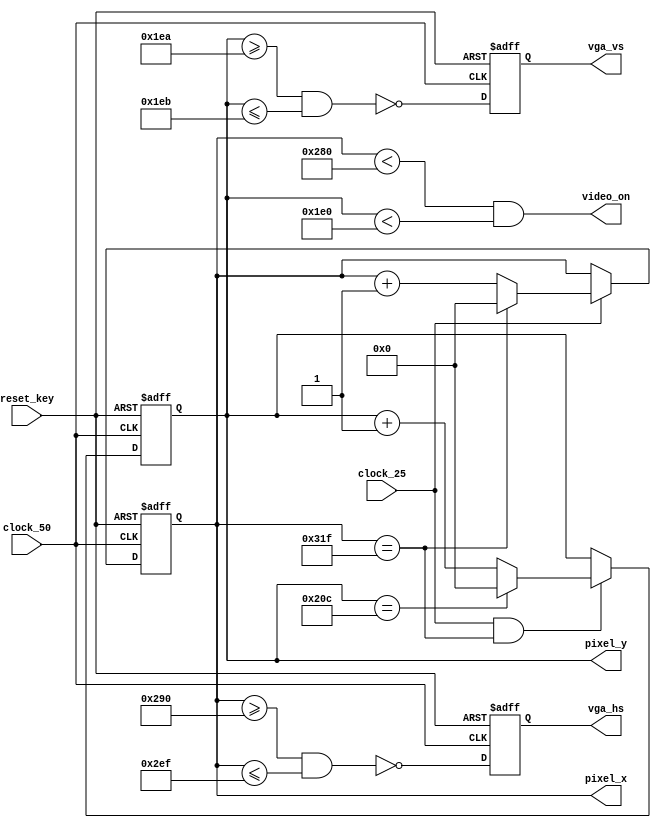
module vga_sync (clock_50, clock_25, reset_key, vga_hs, vga_vs, video_on, pixel_x, pixel_y);

input wire clock_50, clock_25, reset_key;
output wire vga_hs, vga_vs, video_on; // Hsync, vsync so para sincronizar; video_on  flag do vdeo, 
output wire [9:0] pixel_x, pixel_y; // 

/* declaraes das constantes da vga. Isto , o tamanho da barra preta, o tamanho horizontal, vertical, demora da volta do emissor de eltrons, etc;
TODO: VERIFICAR SE ESSSAS CONSTANTES VALEM PRO NOSSO VGA!!! */
//
parameter HD = 640; // Tamanho do display horizontal //// Nota: Todos so EM PIXELS!!
parameter HF = 48; // Tamanho da borda esquerda, (H)orizontal((F)ront)
parameter HB = 16; // Tamanho da borda direita, (H)orizontal ((B)ack)
parameter HR = 96 ; // Tamanho, em pixels, do retrace. Isto , o tempo, em pixels, do retorno do feixe de eltrons da direita pro incio;
parameter VD = 480; // Tamanho do display vertical;
parameter VF = 33; // Tamanho da borda vertical frontal, (topo)
parameter VB = 10; // Tamanho da borda vertical back, (de baixo)
parameter VR = 2; // Tamanho do deslocamento vertical 
//
///reg mod2_reg; // Utilizaremos um MOD-2 para sincronizar o clock do VGA com o clock do FPGA. O FPGA:50MHz oscillator for clock sources (pgina 8), enquanto
///wire mod2_next; // o VGA, com 640x480 tem pixel clock de 25MHZ 
reg [9:0] h_count_reg, h_count_next;// contadores de sincronizao. ELE  IMPORTANTE E SERVE PARA SABERMOS 
reg [9:0] v_count_reg, v_count_next;// EXATAMENTE ONDE O FEIXE DE ELTRONS EST, PARA CONSEGUIR EXIBIR CORRETAMENTE OS GRFICOS!!!
//
reg v_sync_reg, h_sync_reg;
wire v_sync_next, h_sync_next;
//
wire h_end , v_end , pixel_tick; // Sinais de estado. end so os finais da zona de display, pixel_tick ser o clock dos pixels.

always @(posedge clock_50 or negedge reset_key) begin
	if (~reset_key) begin // se reset estiver ativo, ento os registradores resetaro, isto , tero seus valores iguais a zero.
		///mod2_reg <= 0;
		v_count_reg <= 0;
		h_count_reg <= 0;
		v_sync_reg <= 0;
		h_sync_reg <= 0;
	end
	else begin // caso contrrio, ou seja, teve clock mas no teve reset, ento os registradores assumiro seus novos valores, a fim de sincronizao. 
		///mod2_reg <= mod2_next;
		v_count_reg <= v_count_next;
		h_count_reg <= h_count_next;
		v_sync_reg <= v_sync_next;
		h_sync_reg <= h_sync_next;
	end
end

///assign mod2_next = ~mod2_reg;
///assign pixel_tick = mod2_reg; // divide o clock na metade para sincrozar o clock do vga com o clock do fpga.
//
assign h_end = (h_count_reg == (HD + HF + HB + HR - 1)); // Ou seja, se o pixel horizontal atual for igual a 799 (tamanho dos pixels), significa o fim.
assign v_end = (v_count_reg == (VD + VF + VB + VR - 1)); // similarmente para os pixels verticais;

always @* begin
	if (clock_25)begin
		if(h_end)
			h_count_next = 0;
		else
			h_count_next = h_count_reg + 1'b1;
	end
	else
		h_count_next = h_count_reg;
end
//
always @* begin
	if (clock_25 && h_end) begin
		if (v_end)
			v_count_next = 0;
		else
			v_count_next = v_count_reg + 1'b1;
	end
	else
		v_count_next = v_count_reg;
end

assign h_sync_next = !(h_count_reg>=(HD+HB) && h_count_reg<=(HD+HB+HR-1));
assign v_sync_next = !(v_count_reg>=(VD+VB) && v_count_reg<=(VD+VB+VR-1)); 
assign video_on = (h_count_reg<HD) && (v_count_reg<VD);

//outputs
assign vga_hs = h_sync_reg;
assign vga_vs = v_sync_reg;
assign pixel_x = h_count_reg;
assign pixel_y = v_count_reg;

endmodule